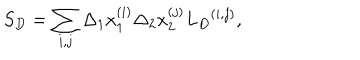
{ S } _ { D } = \sum _ { i , j } \Delta _ { 1 } x _ { 1 } ^ { ( i ) } \Delta _ { 2 } x _ { 2 } ^ { ( j ) } { { L } _ { D } } ^ { ( i , j ) } ,